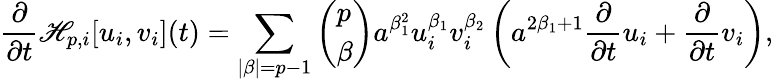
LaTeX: \frac{\partial}{\partial t}\mathscr{H}_{p,i}[u_{i},v_{i}](t)=\sum_{|\beta|=p-1}\left(\begin{array}{l}{p}\\ {\beta}\end{array}\right)a^{\beta_{1}^{2}}u_{i}^{\beta_{1}}v_{i}^{\beta_{2}}\left(a^{2\beta_{1}+1}\frac{\partial}{\partial t}u_{i}+\frac{\partial}{\partial t}v_{i}\right),